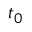
t _ { 0 }